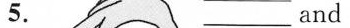
5. ___ and